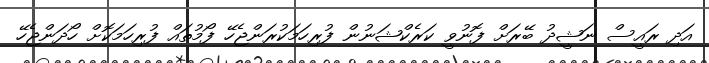
އަދި ރައީސް ނަޝީދު ބޭރަށް ފޮނުވީ ކަރެކްޝަނުން ފުރިހަމަކުރަންޖެހޭ ފޯމުތައް ފުރިހަމަކޮށް ހޯދަންޖެހޭ